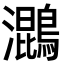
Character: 𮭓